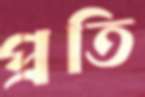
প্রতি